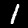
Label: 1